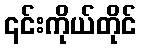
၎င်းကိုယ်တိုင်